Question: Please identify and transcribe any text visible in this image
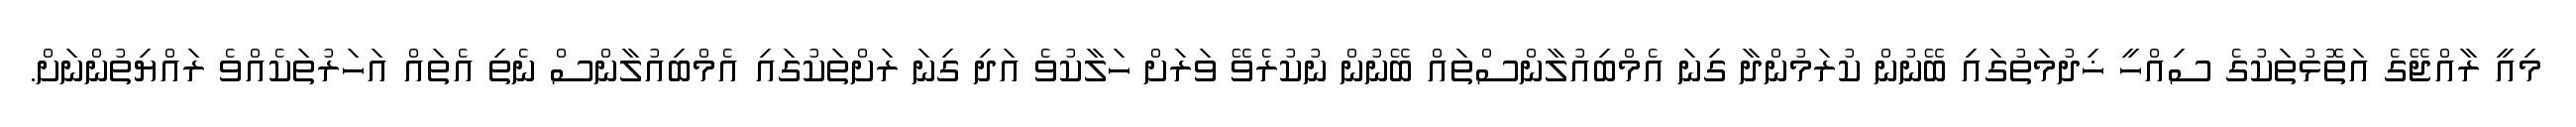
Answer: މިއީ ރާއްޖޭގެ އަތޮޅުތަކުގެ ސިއްހީ ޚިދުމަތުގައި ބޭނުން ކުރަމުންދާ ގިނަ އެމްބިއުލާންސްތައް ބޭނުން ނުކުރެވޭ ވަރަށް ހަލާކުވެ އަދި ގިނަ ރަށްތަކުގައި އެމްބިއުލާންސް ނެތި އެތައް އަހަރުތަކެއްވެ ރައްޔިތުންނަށް.